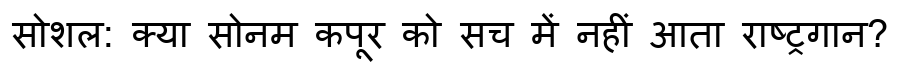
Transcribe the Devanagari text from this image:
सोशल: क्या सोनम कपूर को सच में नहीं आता राष्ट्रगान?